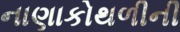
નાણાકોથળીની